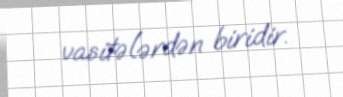
vasitələrdən biridir.